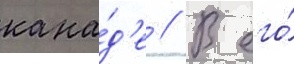
кана́д'е // В его́